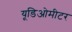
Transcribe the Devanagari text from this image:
यूडिओमीटर